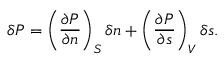
\delta P = \left( \frac { \partial P } { \partial n } \right) _ { S } \delta n + \left( \frac { \partial P } { \partial s } \right) _ { V } \delta s .